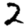
Digit: 2